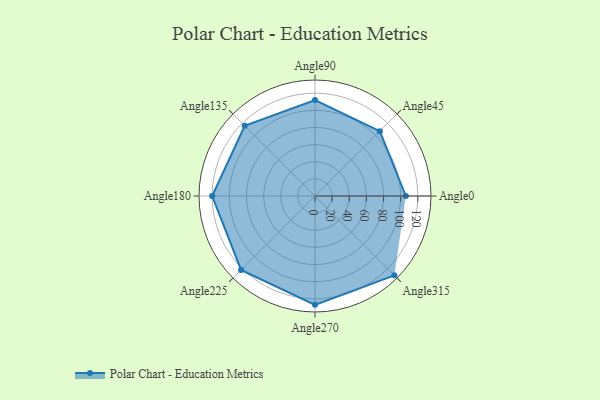
{"axis": {"x": "Angle", "y": "Radius"}, "legend": [""], "data": [{"x": "Angle0", "y": 106.0, "type": ""}, {"x": "Angle45", "y": 107.0, "type": ""}, {"x": "Angle90", "y": 112.0, "type": ""}, {"x": "Angle135", "y": 116.0, "type": ""}, {"x": "Angle180", "y": 120.0, "type": ""}, {"x": "Angle225", "y": 122.0, "type": ""}, {"x": "Angle270", "y": 127.0, "type": ""}, {"x": "Angle315", "y": 131.0, "type": ""}]}